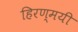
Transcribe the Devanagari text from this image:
हिरण्मयी